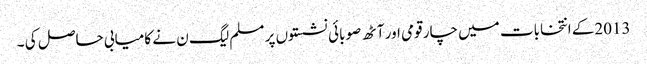
2013کے انتخابات میں چار قومی اور آٹھ صوبائی نشستوں پر مسلم لیگ ن نے کامیابی حاصل کی ۔